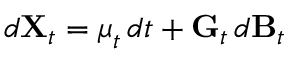
d \mathbf { X } _ { t } = { \boldsymbol { \mu } } _ { t } \, d t + \mathbf { G } _ { t } \, d \mathbf { B } _ { t }